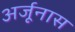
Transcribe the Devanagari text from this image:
अर्जूनास